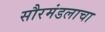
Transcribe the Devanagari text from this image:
सौरमंडलाचा